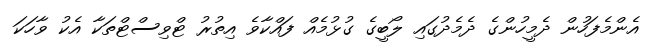
އެންމެފަހުން ދެމީހުންގެ ދެމެދުގައި ލޯބީގެ ގުޅުމެއް ފައްކާވެ އިތުރު ޓްވިސްޓްތަކާ އެކު ވާހަކަ